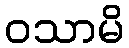
ဝသာမိ